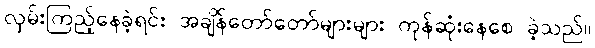
လှမ်းကြည့်နေခဲ့ရင်း အချိန်တော်တော်များများ ကုန်ဆုံးနေစေ ခဲ့သည်။